King Institute of Preventive Medicine Micro-Biological Section reports 1909-11
Year: 1909
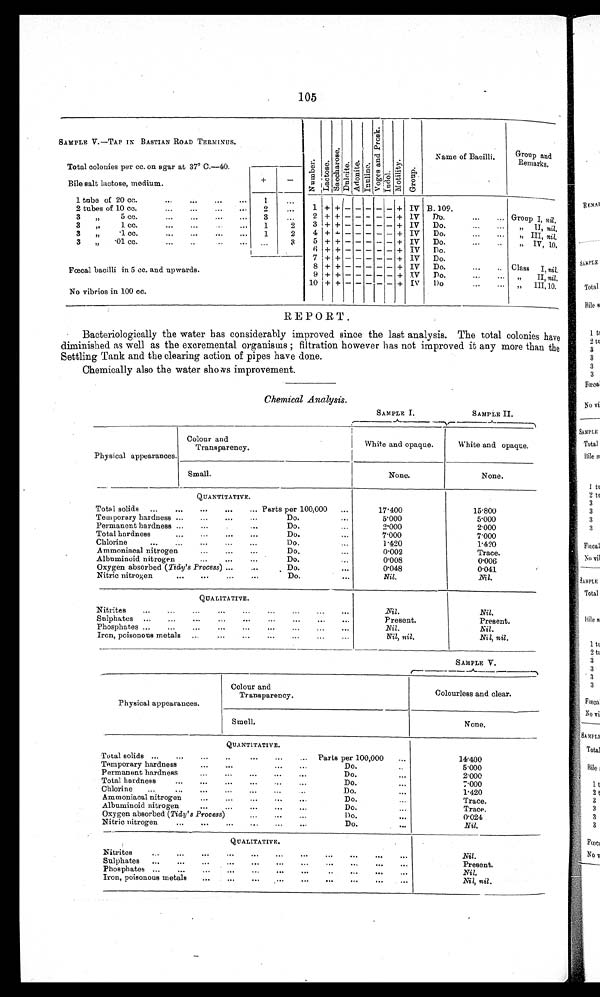
105
SAMPLE V.-TAP IN BASTIAN ROAD TERMINUS.
NumbersLactoseSacchar oseDulciteAdoniteInulinc
V o g e s a n d p r o s k
IndolMotilityGroup
Name of Bacilli
Group and
Remarks.
Total colonies per cc. on agar at 37° C.-40.
+
-
Bile salt lactose, medium.
1 tube of 20 cc.
1
2 tubes of 10 cc.
2
1 + + - - - - - + IV B. 109.
3 „
5 cc.
3
2 + + - - - - -- + IV
Do.
Group I, nil.
3 „ 1 cc.
1
2
3 + + - - - - - + IV
Do.
„ II, nil.
3 „ .1 cc.
1
2
4 + + - - - - - + IV
Do.
,, III, nil.
3 „ .
01 cc.
3
5 + + - - - - - + IV
Do.
„IV, 10.
Fœcal bacilli in 5 cc. and upwards.
6 + + - - - - - + IV
Do.
7
+ + - - - - - + IV
Do.
8 + + - - - - - + IV
Do.
Class I, nil.
No vibrios in 100 cc.
9 + + - - - - - + IV
Do.
„ II, nil.
10 + + - - - - - + IV
Do.
„ III, 10.
REPORT.
Bacteriologically the water has considerably improved since the last analysis. The total colonies have
diminished as well as the excremental organisms ; filtration however has not improved it any more than the
Settling Tank and the clearing action of pipes have done.
Chemically also the water shows improvement.
Chemical Analysis.
SAMPLE I.
SAMPLE II.
Physical appearances.
Colour and
Transparency.
White and opaque.
White and opaque.
Small.
None.
None.
QUANTITATIVE.
Total solids
Parts per 100,000
17.400
15.800
Temporary hardness
Do.
5.000
5.000
Permanent hardness
Do.
2.000
2.000
Total hardness
Do.
7.000
7.000
Chlorine
Do.
1.420
1.420
Ammoniacal nitrogen
Do.
0.002
Trace.
Albuminoid nitrogen
Do.
0.008
0.006
Oxygen absorbed (Tidy's Process)
Do.
0.048
0.041
Nitric nitrogen
Do.
Nil.
Nil.
QUALITATIVE.
Nitrites
Nil.
Nil.
Sulphates
Present.
Present.
Phosphates
Nil.
Nil.
Iron, poisonous metals
Nil, nil.
Nil, nil.
SAMPLE V.
Physical appearances.
Colour and
Transparency.
Colourless and clear.
Smell.
None.
QUANTITATIVE.
Total solids
Parts per 100,000
14.400
Temporary hardness
Do.
5 . 0 0 0
Permanent hardness
Do.
2 . 0 0 0
Total hardness
Do.
7 . 0 0 0
Chlorine
Do.
1.420
Ammoniacal nitrogen
Do.
Trace.
Albuminoid nitrogen
Do.
Trace.
Oxygen absorbed (Tidy's Process)
Do.
0.024
Nitric nitrogen
Do.
Nil.
QUALITATIVE.
Nitrites
Nil.
Sulphates
Present.
Phosphates
Nil.
Iron, poisonous metals
Nil, nil.